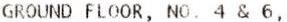
GROUND FLOOR, NO. 4 & 6,